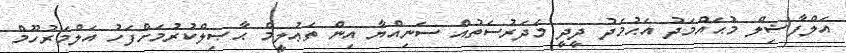
އަލްފާޟިލް މުޙައްމަދު އަޙުމަދު ދީދީ މަދަރުސަތުއް ސަނިއްޔާ އިން ތަޢުލީމް ޙާޞިލްކުރުމަށްފަހު އަލްމަރުހޫމް